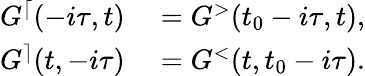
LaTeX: \begin{array}{rl}{G^{\lceil}(-i\tau,t)}&{{}=G^{>}(t_{0}-i\tau,t),}\\ {G^{\rceil}(t,-i\tau)}&{{}=G^{<}(t,t_{0}-i\tau).}\end{array}